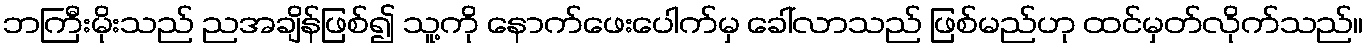
ဘကြီးမိုးသည် ညအချိန်ဖြစ်၍ သူ့ကို နောက်ဖေးပေါက်မှ ခေါ်လာသည် ဖြစ်မည်ဟု ထင်မှတ်လိုက်သည်။